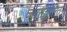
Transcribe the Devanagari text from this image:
जलसंचालित